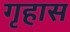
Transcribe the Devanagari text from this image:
गृहास